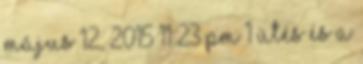
Május 12, 2015 11:23 pm 1 ütés és a